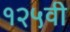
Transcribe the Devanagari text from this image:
१२५वी